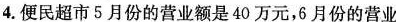
4.便民超市5月份的营业额是40万元，6月份的营业